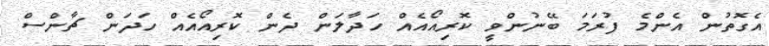
އެގޮތުން އެންމެ ފުރަމަ ބޭނުންވީ ކޮރިއޯއެއް ހަދާލަން ދެން ކޮރިއޯއެއް ހަދަން ޗާންސް